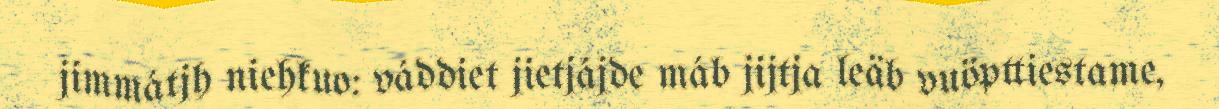
jimmátjh niehkuo: váddiet jietjájde máb jijtja leäb vuöpttiestame,